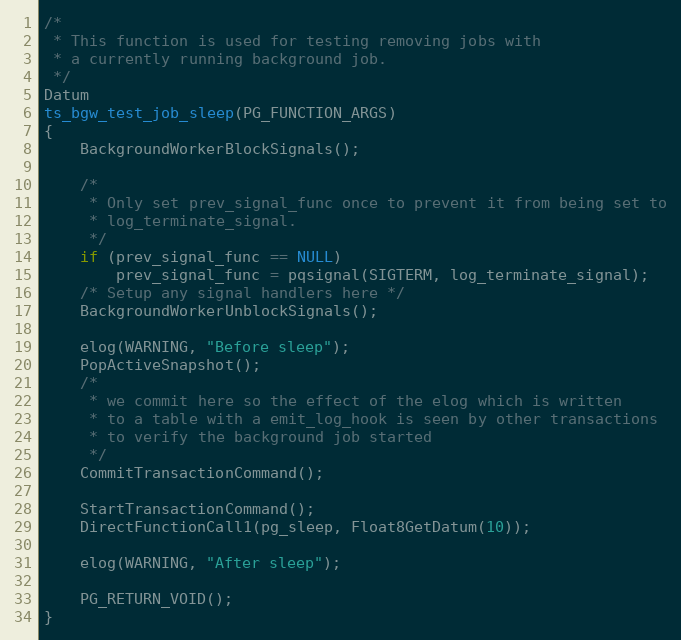
Language: C
/*
 * This function is used for testing removing jobs with
 * a currently running background job.
 */
Datum
ts_bgw_test_job_sleep(PG_FUNCTION_ARGS)
{
	BackgroundWorkerBlockSignals();

	/*
	 * Only set prev_signal_func once to prevent it from being set to
	 * log_terminate_signal.
	 */
	if (prev_signal_func == NULL)
		prev_signal_func = pqsignal(SIGTERM, log_terminate_signal);
	/* Setup any signal handlers here */
	BackgroundWorkerUnblockSignals();

	elog(WARNING, "Before sleep");
	PopActiveSnapshot();
	/*
	 * we commit here so the effect of the elog which is written
	 * to a table with a emit_log_hook is seen by other transactions
	 * to verify the background job started
	 */
	CommitTransactionCommand();

	StartTransactionCommand();
	DirectFunctionCall1(pg_sleep, Float8GetDatum(10));

	elog(WARNING, "After sleep");

	PG_RETURN_VOID();
}